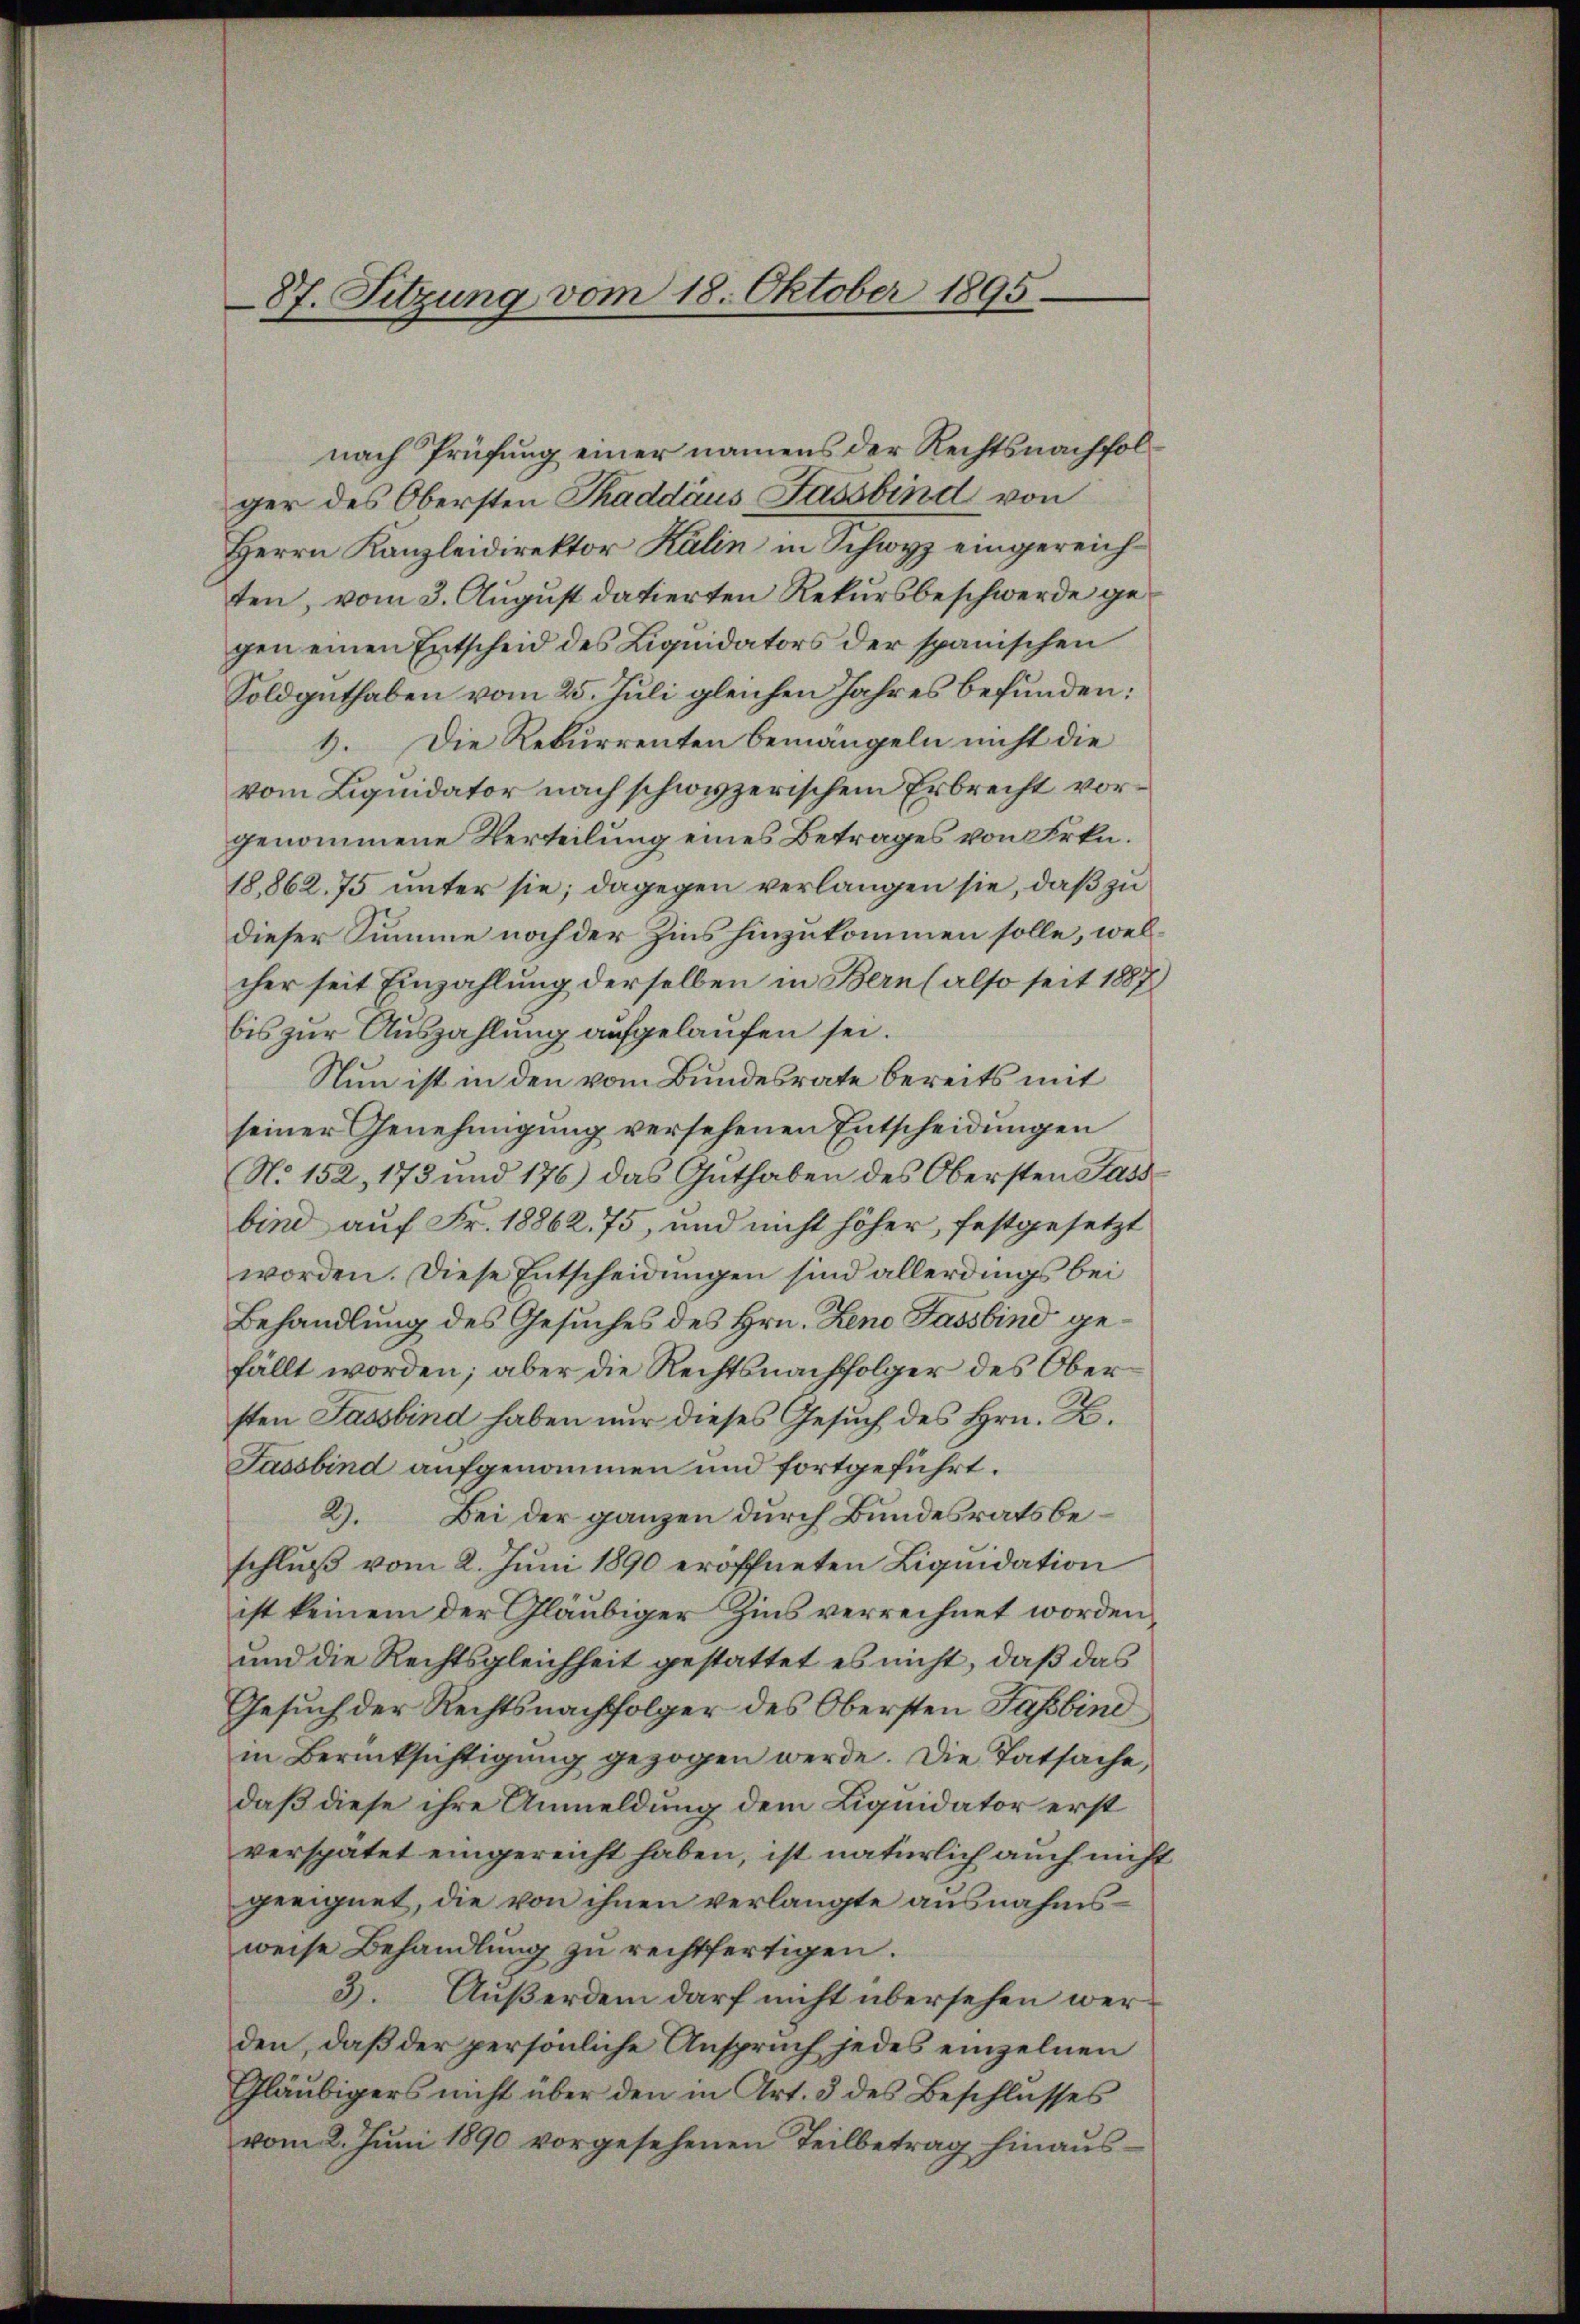
87. Sitzung vom 18. Oktober 1895.

nach Prüfung einer namens der Rechtsnachfolger des Obersten Thaddáus Fassbind von
Herrn Kanzleidirektor Kälin in Schwyz eingereichten, vom 3. August datierten Rekursbeschwerde gegen einen Entscheid des Liquidators der spanischen
Soldguthaben vom 25. Juli gleichen Jahres befunden:
8. Die Rekurrenten bemängeln nicht die
vom Liquidator nach schwyzerischem Erbrecht vorgenommene Verteilung eines Betrages von Frkn.
18,862. 75 unter sie; dagegen verlangen sie, daß zu
dieser Summe noch der Zins hinzukommen solle, welcher seit Einzahlung derselben in Bern (also seit 1887
bis zur Auszahlung aufgelaufen sei.
Nun ist in den vom Bundesrate bereits mit
seiner Genehmigung versehenen Entscheidungen
No. 152, 173 und 176) das Guthaben des Obersten Fass
bind auf Fr. 18862. 75, und nicht höher, festgesetzt
worden. Diese Entscheidungen sind allerdings bei
Behandlung des Gesuches des Hrn. Zeno Fassbind gefällt worden; aber die Rechtsnachfolger des Ober
sten Fassbind haben nur dieses Gesuch des Hrn. K.
Fassbind aufgenommen und fortgeführt.
2). Bei der ganzen durch Bundesratsbeschluß vom 2. Juni 1890 eröffneten Liquidation
ist keinem der Gläubiger Zins verrechnet worden,
und die Rechtsgleichheit gestattet es nicht, daß das
Gesuch der Rechtsnachfolger des Obersten Fassbine
in Berücksichtigung gezogen werde. Die Tatsache,
daß diese ihre Anmeldung dem Liquidator erst
verspätet eingereicht haben, ist natürlich auch nicht
geeignet, die von ihnen verlangte ausnahmsweise Behandlung zu rechtfertigen.
3. Außerdem darf nicht übersehen werden, daß der persönliche Anspruch jedes einzelnen
Gläubigers nicht über den in Art. 3 des Beschlusses
vom 2. Juni 1890 vorgesehenen Teilbetrag hinaus¬